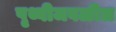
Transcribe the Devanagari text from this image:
पृथ्वीजवळील